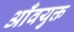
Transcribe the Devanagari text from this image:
आँवयुक्त